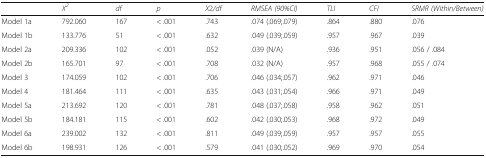
<table><thead><tr><td></td><td><b><i>X</i><sup><i>2</i></sup></b></td><td><b><i>df</i></b></td><td><b><i>p</i></b></td><td><b><i>X</i>2<i>/df</i></b></td><td><b><i>RMSEA (90%CI)</i></b></td><td><b><i>TLI</i></b></td><td><b><i>CFI</i></b></td><td><b><i>SRMR (Within/Between)</i></b></td></tr></thead><tbody><tr><td>Model 1a</td><td>792.060</td><td>167</td><td>&lt; .001</td><td>.743</td><td>.074 (.069;.079)</td><td>.864</td><td>.880</td><td>.076</td></tr><tr><td>Model 1b</td><td>133.776</td><td>51</td><td>&lt; .001</td><td>.632</td><td>.049 (.039;.059)</td><td>.957</td><td>.967</td><td>.039</td></tr><tr><td>Model 2a</td><td>209.336</td><td>102</td><td>&lt; .001</td><td>.052</td><td>.039 (N/A)</td><td>.936</td><td>.951</td><td>.056 / .084</td></tr><tr><td>Model 2b</td><td>165.701</td><td>97</td><td>&lt; .001</td><td>.708</td><td>.032 (N/A)</td><td>.957</td><td>.968</td><td>.055 / .074</td></tr><tr><td>Model 3</td><td>174.059</td><td>102</td><td>&lt; .001</td><td>.706</td><td>.046 (.034;.057)</td><td>.962</td><td>.971</td><td>.046</td></tr><tr><td>Model 4</td><td>181.464</td><td>111</td><td>&lt; .001</td><td>.635</td><td>.043 (.031;.054)</td><td>.966</td><td>.971</td><td>.049</td></tr><tr><td>Model 5a</td><td>213.692</td><td>120</td><td>&lt; .001</td><td>.781</td><td>.048 (.037;.058)</td><td>.958</td><td>.962</td><td>.051</td></tr><tr><td>Model 5b</td><td>184.181</td><td>115</td><td>&lt; .001</td><td>.602</td><td>.042 (.030;.053)</td><td>.968</td><td>.972</td><td>.049</td></tr><tr><td>Model 6a</td><td>239.002</td><td>132</td><td>&lt; .001</td><td>.811</td><td>.049 (.039;.059)</td><td>.957</td><td>.957</td><td>.055</td></tr><tr><td>Model 6b</td><td>198.931</td><td>126</td><td>&lt; .001</td><td>.579</td><td>.041 (.030;.052)</td><td>.969</td><td>.970</td><td>.054</td></tr></tbody></table>